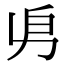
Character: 𠂣